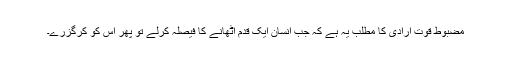
مضبوط قوتِ ارادی کا مطلب یہ ہے کہ جب انسان ایک قدم اٹھانے کا فیصلہ کرلے تو پھر اس کو کرگزرے۔